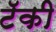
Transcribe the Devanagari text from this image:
टॅकी